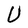
Character: U